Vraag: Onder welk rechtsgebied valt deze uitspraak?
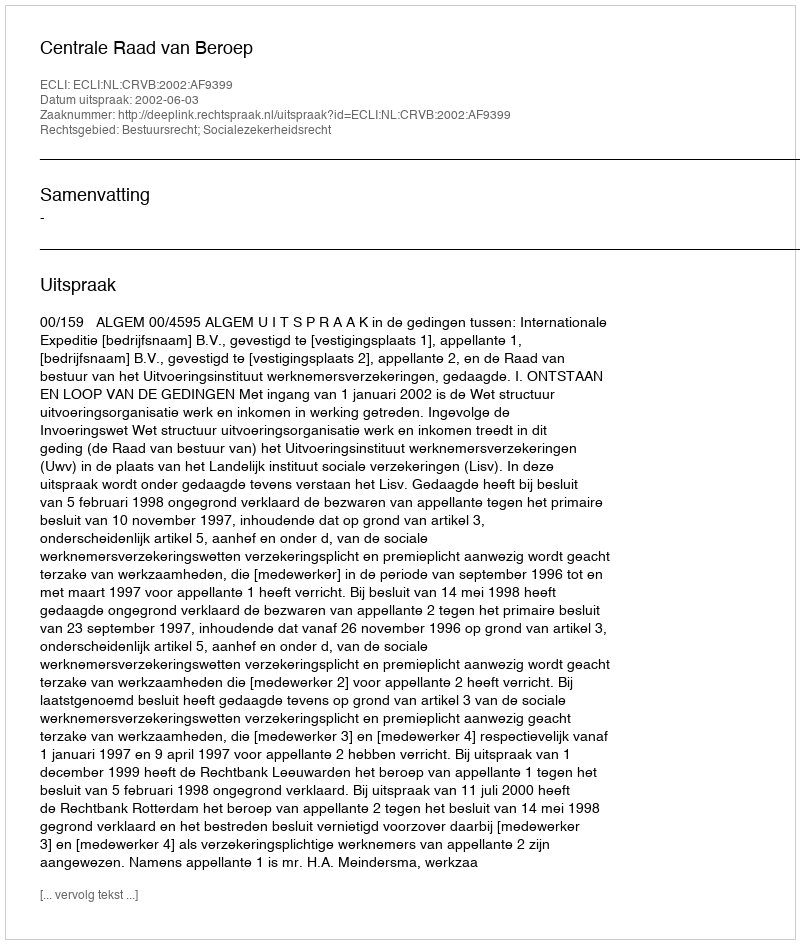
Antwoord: Bestuursrecht; Socialezekerheidsrecht